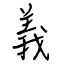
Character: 義